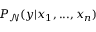
P _ { \mathcal { N } } ( y \vert x _ { 1 } , . . . , x _ { n } )